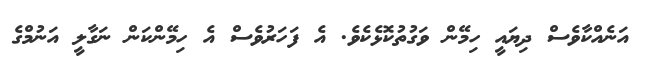
އަނެއްކާވެސް ދިޔައީ ހިމޭން ވަގުތުކޮޅެކެވެ. އެ ފަހަރުވެސް އެ ހިމޭންކަން ނަގާލީ އަނުމްގެ